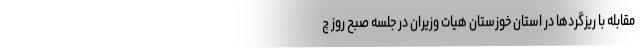
مقابله با ریزگردها در استان خوزستان هیات وزیران در جلسه صبح روز چ